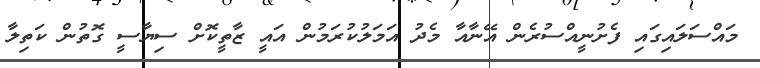
މައްސަލައިގައި ފެށުނީއްސުރެން އޭނާއާ މެދު އަމަލުކުރަމުން އައީ ޒާތީކޮށް ސިޔާސީ ގޮތުން ކަތިލާ